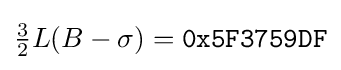
{\tfrac {3}{2}}L(B-\sigma )={\mathtt {0x5F3759DF}}